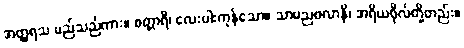
အတ္ထရသ မည်သည်ကား။ စတ္တာရိ၊ လေးပါးကုန်သော။ သာမညဖလာနိ၊ အရိယဖိုလ်တို့တည်း။